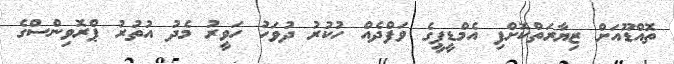
ތޮއްޑޫއަށް ޒިޔާރަތްކޮށްފި އެމްޑީޕީގެ ވަފްދެއް ހުކުރު ދުވަހު ހަވީރު މެދު އުތުރު ޕްރޮވިންސްގެ